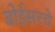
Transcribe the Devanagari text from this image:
बोईसरचे